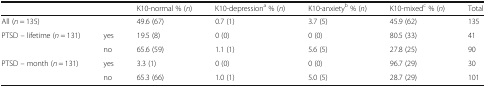
| <COLSPAN=2>  | K10-normal % (n) | K10-depressiona % (n) | K10-anxietyb % (n) | K10-mixedc % (n) | Total |
 | --- | --- | --- | --- | --- | --- | --- |
 | <COLSPAN=2> All (n = 135) | 49.6 (67) | 0.7 (1) | 3.7 (5) | 45.9 (62) | 135 |
 | <ROWSPAN=2> PTSD – lifetime (n = 131) | yes | 19.5 (8) | 0 (0) | 0 (0) | 80.5 (33) | 41 |
 | no | 65.6 (59) | 1.1 (1) | 5.6 (5) | 27.8 (25) | 90 |
 | <ROWSPAN=2> PTSD – month (n = 131) | yes | 3.3 (1) | 0 (0) | 0 (0) | 96.7 (29) | 30 |
 | no | 65.3 (66) | 1.0 (1) | 5.0 (5) | 28.7 (29) | 101 |